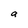
Character: a